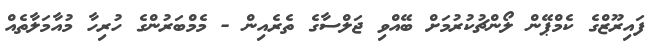
ފައިރޫޒްގެ ކެމްޕޭން ލޯންޗުކުރުމަށް ބޭއްވި ޖަލްސާގެ ތެރެއިން - މެމްބަރުންގެ ހުރިހާ މުއާމަލާތެއް